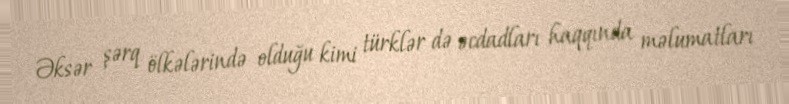
Əksər şərq ölkələrində olduğu kimi türklər də əcdadları haqqında məlumatları